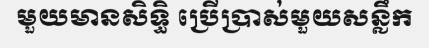
មួយមានសិទ្ធិ ប្រើប្រាស់មួយសន្លឹក